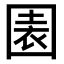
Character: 𡈂